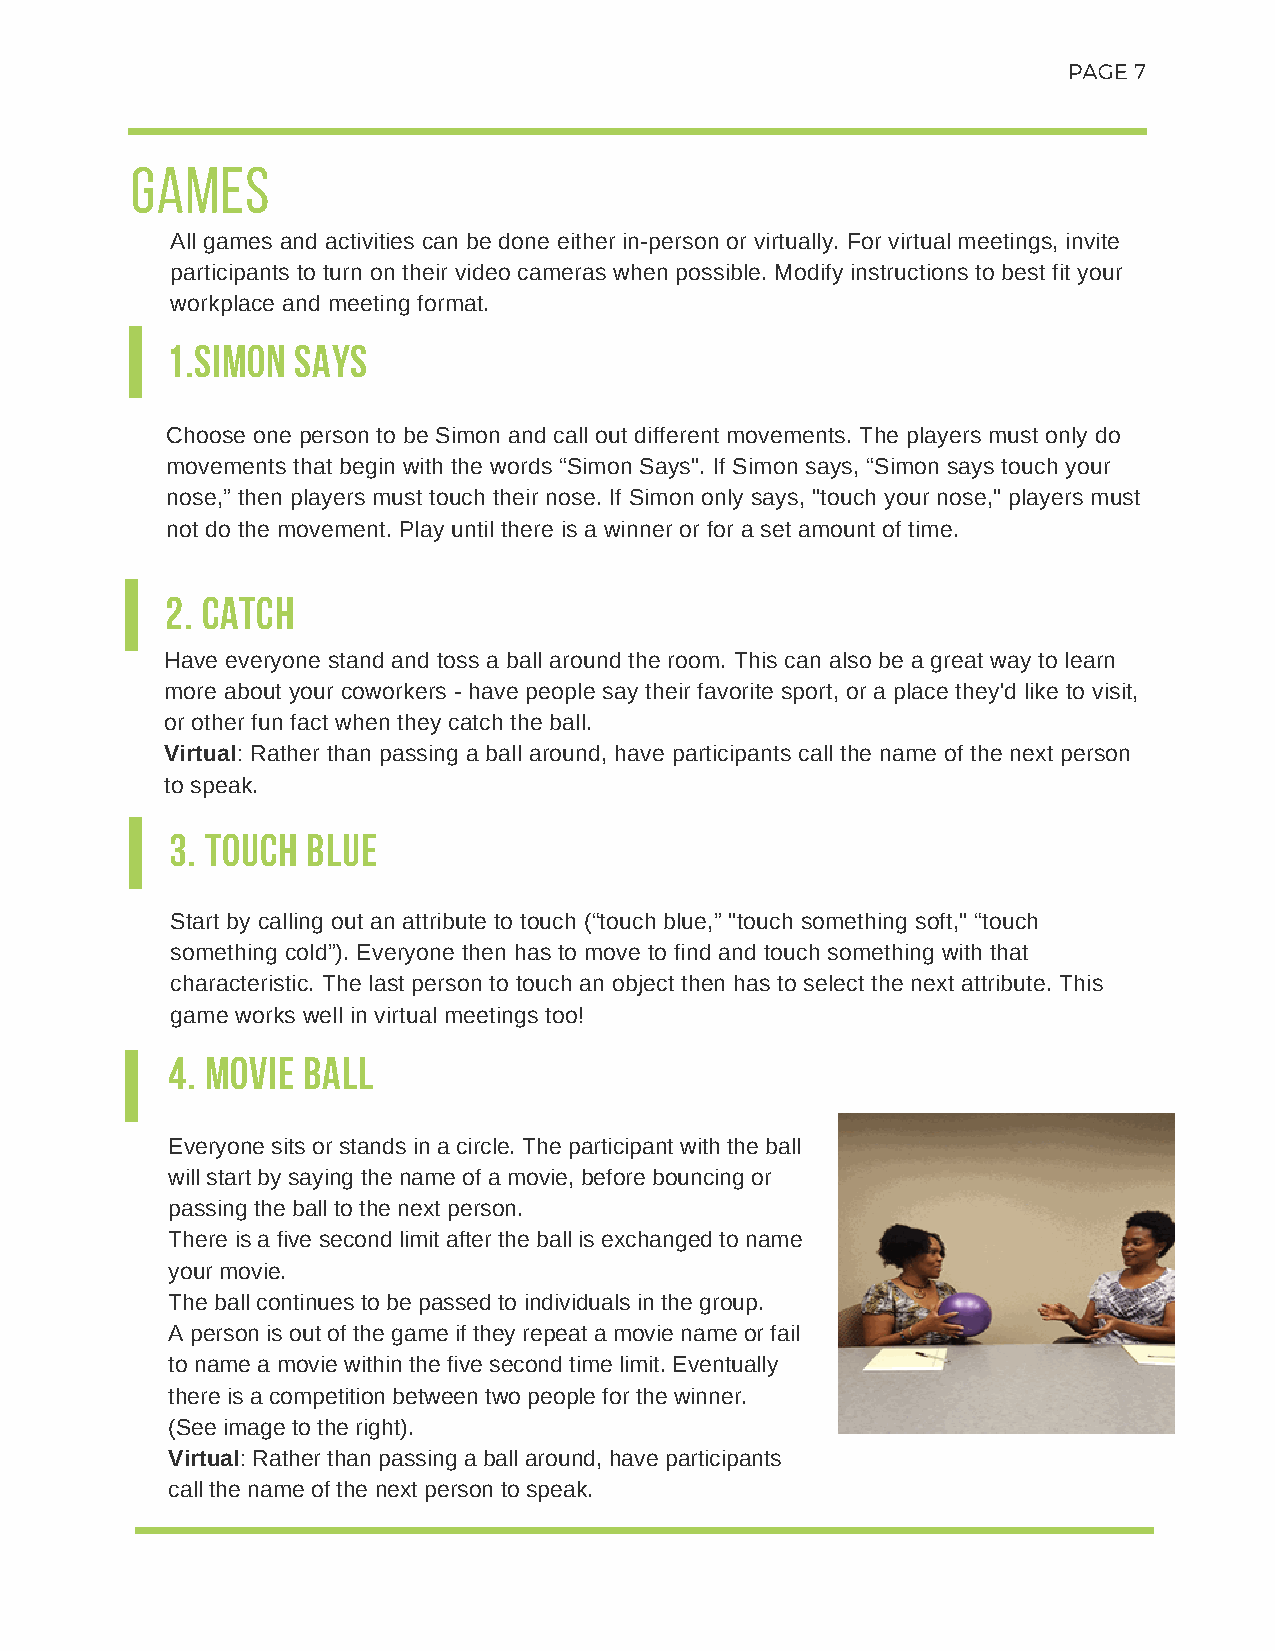
PAGE 7
 GAMES
 All games and activities can be done either in-person or virtually. For virtual meetings, invite
 participants to turn on their video cameras when possible. Modify instructions to best fit your
 workplace and meeting format.
 1.SIMON SAYS
 Choose one person to be Simon and call out different movements. The players must only do
 movements that begin with the words “Simon Says". If Simon says, “Simon says touch your
 nose,” then players must touch their nose. If Simon only says, "touch your nose," players must
 not do the movement. Play until there is a winner or for a set amount of time.
 2. CATCH
 Have everyone stand and toss a ball around the room. This can also be a great way to learn
 more about your coworkers - have people say their favorite sport, or a place they'd like to visit,
 or other fun fact when they catch the ball.
 Virtual: Rather than passing a ball around, have participants call the name of the next person
 to speak.
 3. TOUCH BLUE
 Start by calling out an attribute to touch (“touch blue,” "touch something soft," “touch
 something cold”). Everyone then has to move to find and touch something with that
 characteristic. The last person to touch an object then has to select the next attribute. This
 game works well in virtual meetings too!
 4. MOVIE BALL
 Everyone sits or stands in a circle. The participant with the ball
 will start by saying the name of a movie, before bouncing or
 passing the ball to the next person.
 There is a five second limit after the ball is exchanged to name
 your movie.
 The ball continues to be passed to individuals in the group.
 A person is out of the game if they repeat a movie name or fail
 to name a movie within the five second time limit. Eventually
 there is a competition between two people for the winner.
 (See image to the right).
 Virtual: Rather than passing a ball around, have participants
 call the name of the next person to speak.